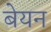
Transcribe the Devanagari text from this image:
बेयन